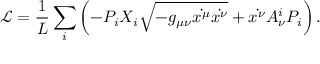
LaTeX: \mathcal { L } = \frac { 1 } { L } \sum _ { i } \left( - P _ { i } X _ { i } \sqrt { - g _ { \mu \nu } \dot { x ^ { \mu } } \dot { x ^ { \nu } } } + \dot { x ^ { \nu } } A _ { \nu } ^ { i } P _ { i } \right) .